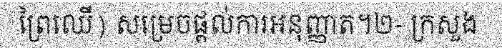
ព្រៃឈើ) សម្រេចផ្តល់ការអនុញ្ញាត។២- ក្រសួង